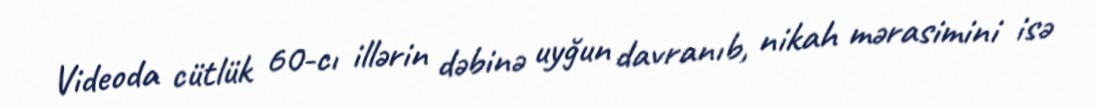
Videoda cütlük 60-cı illərin dəbinə uyğun davranıb, nikah mərasimini isə